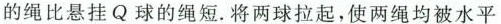
的绳比悬挂Q球的绳短。将两球拉起，使两绳均被水平